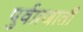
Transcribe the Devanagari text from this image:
पुर्वप्रजाती